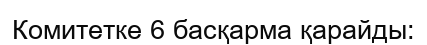
Комитетке 6 басқарма қарайды: